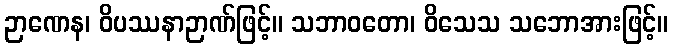
ဉာဏေန၊ ဝိပဿနာဉာဏ်ဖြင့်။ သဘာဝတော၊ ဝိသေသ သဘောအားဖြင့်။